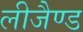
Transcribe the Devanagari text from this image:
लीजैण्ड